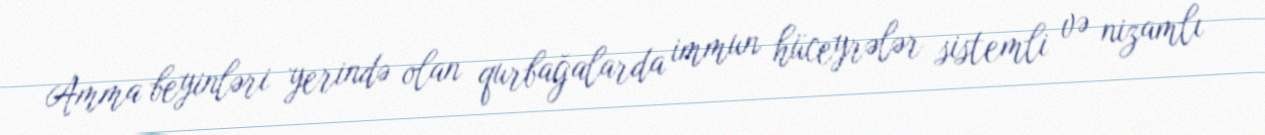
Amma beyinləri yerində olan qurbağalarda immun hüceyrələr sistemli və nizamlı